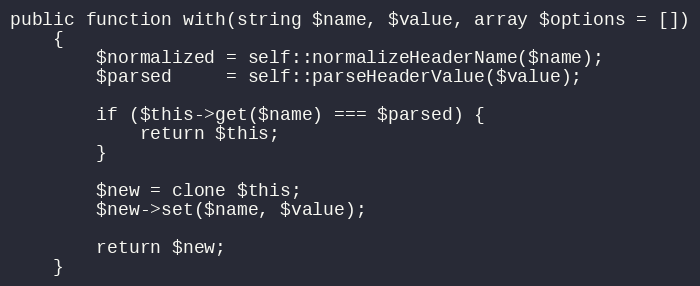
Language: PHP
public function with(string $name, $value, array $options = [])
	{
		$normalized = self::normalizeHeaderName($name);
		$parsed     = self::parseHeaderValue($value);

		if ($this->get($name) === $parsed) {
			return $this;
		}

		$new = clone $this;
		$new->set($name, $value);

		return $new;
	}